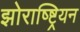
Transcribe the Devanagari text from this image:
झोराष्ष्ट्रियन